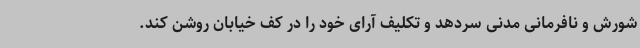
شورش و نافرمانی مدنی سردهد و تکلیف آرای خود را در کف خیابان روشن کند.